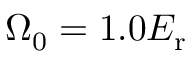
\Omega _ { 0 } = 1 . 0 E _ { \mathrm { { r } } }